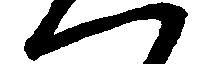
へ